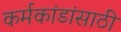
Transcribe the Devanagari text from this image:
कर्मकांडांसाठी